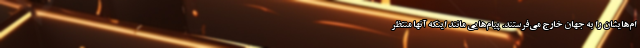
ام‌هایشان را به جهان خارج می‌فرستند. پیام‌هایی مانند اینکه آنها منتظر